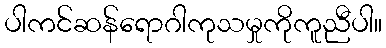
ပါကင်ဆန်ရောဂါကုသမှုကိုကူညီပါ။